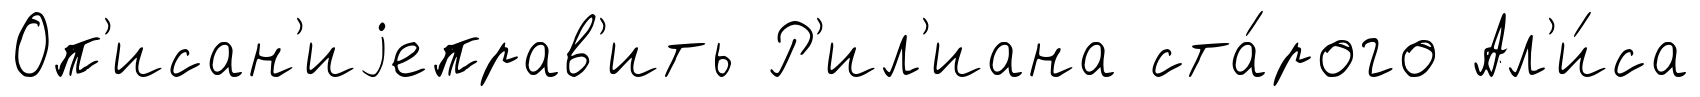
Оп'исан'иjеправ'ить Р'ил'иана ста́рого Ал'и́са